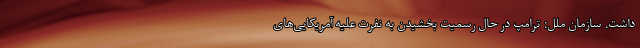
داشت. سازمان ملل: ترامپ در حال رسمیت بخشیدن به نفرت علیه آمریکایی‌های